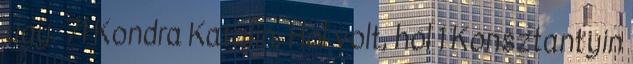
úgy. 71 Kondra Katalin: Hol volt, hol 1 Konsztantyin